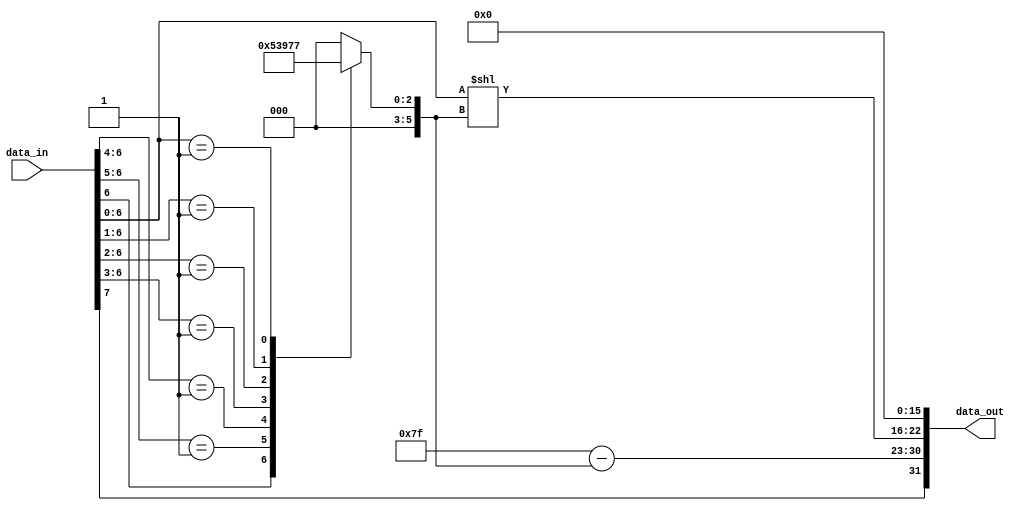
module decompressor_8(
    input [7:0] data_in,
    output [31:0] data_out
    );

// decompress the 8-bit input into a 32-bit FP number

reg [5:0] total_sum;
wire [7:0] exp;
wire [22:0] mantissa;

always@ (*) begin
    casez(data_in[6:0])
        7'b1??_???? : total_sum = 1;
        7'b01?_???? : total_sum = 2;
        7'b001_???? : total_sum = 3;
        7'b000_1??? : total_sum = 4;
        7'b000_01?? : total_sum = 5;
        7'b000_001? : total_sum = 6;
        7'b000_0001 : total_sum = 7;
        default : total_sum = 0;                
    endcase                
end
    
assign exp = 127 - total_sum;

assign mantissa = {data_in[6:0] << total_sum, 16'b0};
    
assign data_out = {data_in[7], exp, mantissa};


endmodule